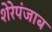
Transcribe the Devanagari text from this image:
शेरेपंजाब